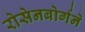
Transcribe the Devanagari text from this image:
रोसेनबोर्गने